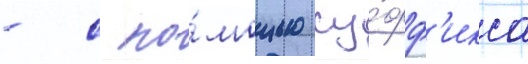
- с по́мощью су́фф'икса